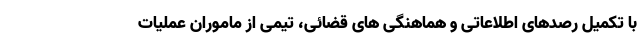
با تکمیل رصدهای اطلاعاتی و هماهنگی های قضائی، تیمی از ماموران عملیات